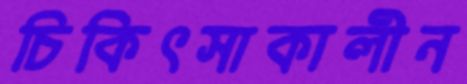
চিকিৎসাকালীন